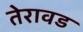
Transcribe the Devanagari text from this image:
तेरावड